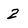
Character: 2